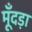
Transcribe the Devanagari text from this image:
मूँदड़ा